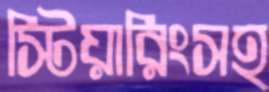
স্টিয়ারিংসহ